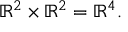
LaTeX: \mathbb { R } ^ { 2 } \times \mathbb { R } ^ { 2 } = \mathbb { R } ^ { 4 } .